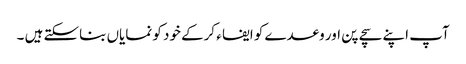
آپ اپنے سچے پن اور وعدے کو ایفا ء کرکے خود کو نمایاں بناسکتے ہیں ۔